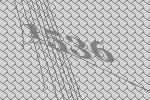
1536